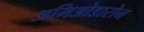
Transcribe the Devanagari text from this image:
अमिओडारोन